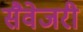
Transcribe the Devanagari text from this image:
सैवेजरी